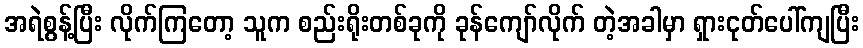
အရဲစွန့်ပြီး လိုက်ကြတော့ သူက စည်းရိုးတစ်ခုကို ခုန်ကျော်လိုက် တဲ့အခါမှာ ရှားငုတ်ပေါ်ကျပြီး